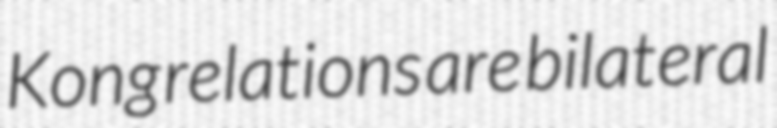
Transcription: Kong relations are bilateral